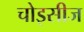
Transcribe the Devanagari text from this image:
चोइसीज